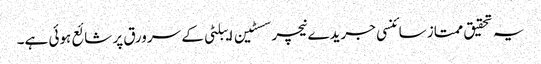
یہ تحقیق ممتاز سائنسی جریدے نیچر سسٹین ایبلٹی کے سرورق پر شائع ہوئی ہے۔